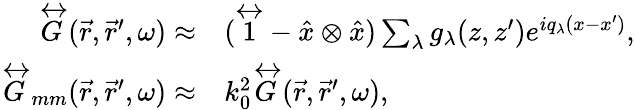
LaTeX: \begin{array}{rl}{\overleftrightarrow{G}(\vec{r},\vec{r}^{\prime},\omega)\approx}&{(\overleftrightarrow{1}-\hat{x}\otimes\hat{x})\sum_{\lambda}g_{\lambda}(z,z^{\prime})e^{iq_{\lambda}(x-x^{\prime})},}\\ {\overleftrightarrow{G}_{mm}(\vec{r},\vec{r}^{\prime},\omega)\approx}&{k_{0}^{2}\overleftrightarrow{G}(\vec{r},\vec{r}^{\prime},\omega),}\end{array}